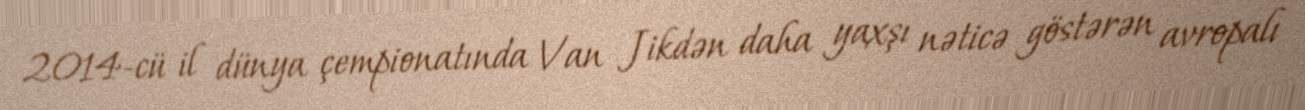
2014-cü il dünya çempionatında Van Jikdən daha yaxşı nəticə göstərən avropalı